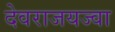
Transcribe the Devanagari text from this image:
देवराजयज्वा